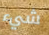
شيء